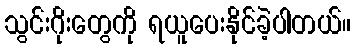
သွင်းဂိုးတွေကို ရယူပေးနိုင်ခဲ့ပါတယ်။